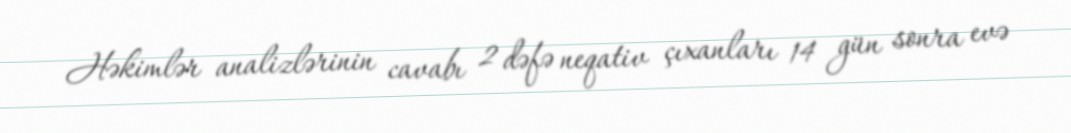
Həkimlər analizlərinin cavabı 2 dəfə neqativ çıxanları 14 gün sonra evə